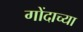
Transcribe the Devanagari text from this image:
गोंदाच्या